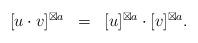
LaTeX: \begin{align*}\begin{array}{r c l}[u\cdot v]^{\boxtimes a} & = & [u]^{\boxtimes a} \cdot [v]^{\boxtimes a}.\end{array}\end{align*}